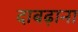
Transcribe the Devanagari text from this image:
दाबढ़ाना